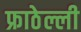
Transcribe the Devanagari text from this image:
फ्राठेल्ली